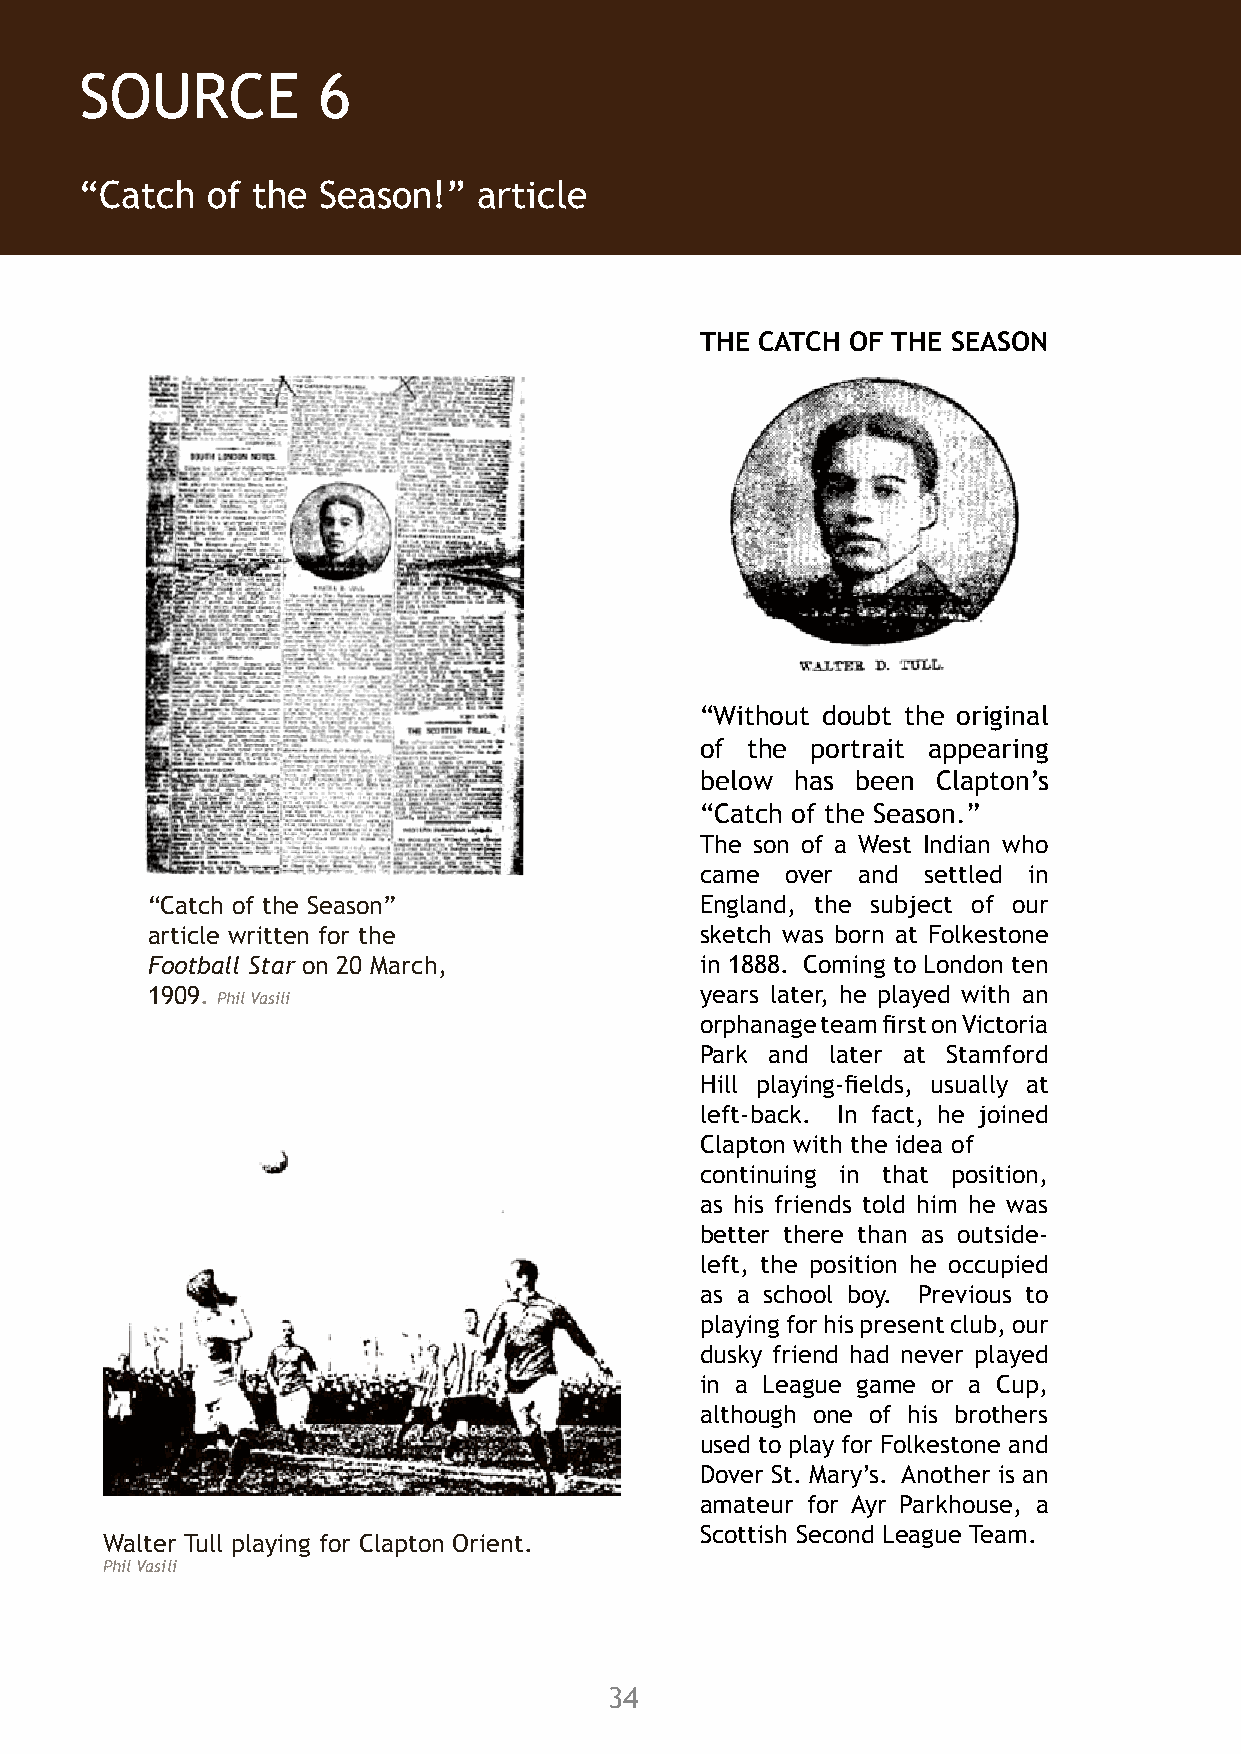
SOURCE 5 SOURCE      6
 Walter Tull in the Bonner Road orphanage football team and
 “Catch   of the Season!”   article
 1901 Census Report for Bonner Road
 THE CATCH OF THE SEASON
 Walter Tull in the orphanage
 football team.
 Phil Vasili/Finlayson Family collection
 “Without doubt the original
 of the  portrait appearing
 below  has been Clapton’s
 “Catch of the Season.”
 The son of a West Indian who
 came  over and settled in
 “Catch of the Season”               England, the subject of our
 article written for the             sketch was born at Folkestone
 Football Star on 20 March,          in 1888. Coming to London ten
 1909. Phil Vasili                   years later, he played with an
 orphanage team first on Victoria
 Park and later at Stamford
 Hill playing-fields, usually at
 left-back. In fact, he joined
 Clapton with the idea of
 continuing in that position,
 as his friends told him he was
 better there than as outside-
 left, the position he occupied
 as a school boy. Previous to
 playing for his present club, our
 dusky friend had never played
 in a League game or a Cup,
 although one of his brothers
 used to play for Folkestone and
 Dover St. Mary’s. Another is an
 amateur for Ayr Parkhouse, a
 Scottish Second League Team.
 Walter Tull playing for Clapton Orient.
 Phil Vasili
 1901 census report for Children’s Home and Orphanage, Bonner Road, East London.
 National Archives
 33                                      34